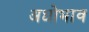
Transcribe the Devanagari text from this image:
अधोभाव